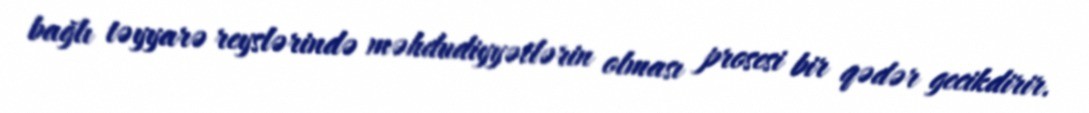
bağlı təyyarə reyslərində məhdudiyyətlərin olması prosesi bir qədər gecikdirir.